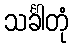
သင်္ခါတုံ